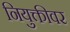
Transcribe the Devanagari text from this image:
नियुक्तीवर